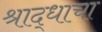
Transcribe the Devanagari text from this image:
श्राद्धाचा